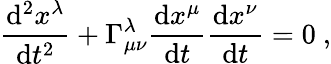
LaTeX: {\frac{\mathrm{{d}}^{2}x^{\lambda}}{\mathrm{{d}}t^{2}}}+\Gamma_{\mu\nu}^{\lambda}{\frac{\mathrm{{d}}x^{\mu}}{\mathrm{{d}}t}}{\frac{\mathrm{{d}}x^{\nu}}{\mathrm{{d}}t}}=0\ ,